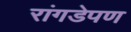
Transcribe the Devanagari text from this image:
रांगडेपण